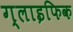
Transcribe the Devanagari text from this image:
ग्लाइफिक